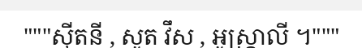
"""ស៊ីតនី , សូត វឹស , អូស្ត្រាលី ។"""